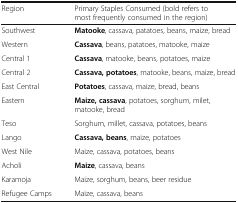
| Region | Primary Staples Consumed (bold refers to most frequently consumed in the region) |
 | --- | --- |
 | Southwest | Matooke, cassava, patatoes, beans, maize, bread |
 | Western | Cassava, beans, patatoes, matooke, maize |
 | Central 1 | Cassava, matooke, beans, potatoes, maize |
 | Central 2 | Cassava, potatoes, matooke, beans, maize, bread |
 | East Central | Potatoes, cassava, maize, bread, beans |
 | Eastern | Maize, cassava, potatoes, sorghum, milet, matooke, bread |
 | Teso | Sorghum, millet, cassava, potatoes, beans |
 | Lango | Cassava, beans, maize, potatoes |
 | West Nile | Maize, cassava, potatoes, beans |
 | Acholi | Maize, cassava, beans |
 | Karamoja | Maize, sorghum, beans, beer residue |
 | Refugee Camps | Maize, cassava, beans |